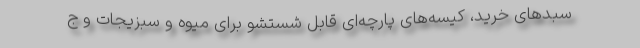
سبدهای خرید، کیسه‌های پارچه‌ای قابل شستشو برای میوه و سبزیجات و ج